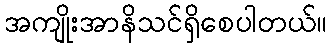
အကျိုးအာနိသင်ရှိစေပါတယ်။